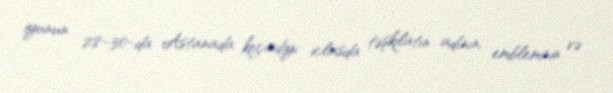
iyunun 28–30-da Astanada keçirdiyi iclasda təşkilatın adının, embleminin və